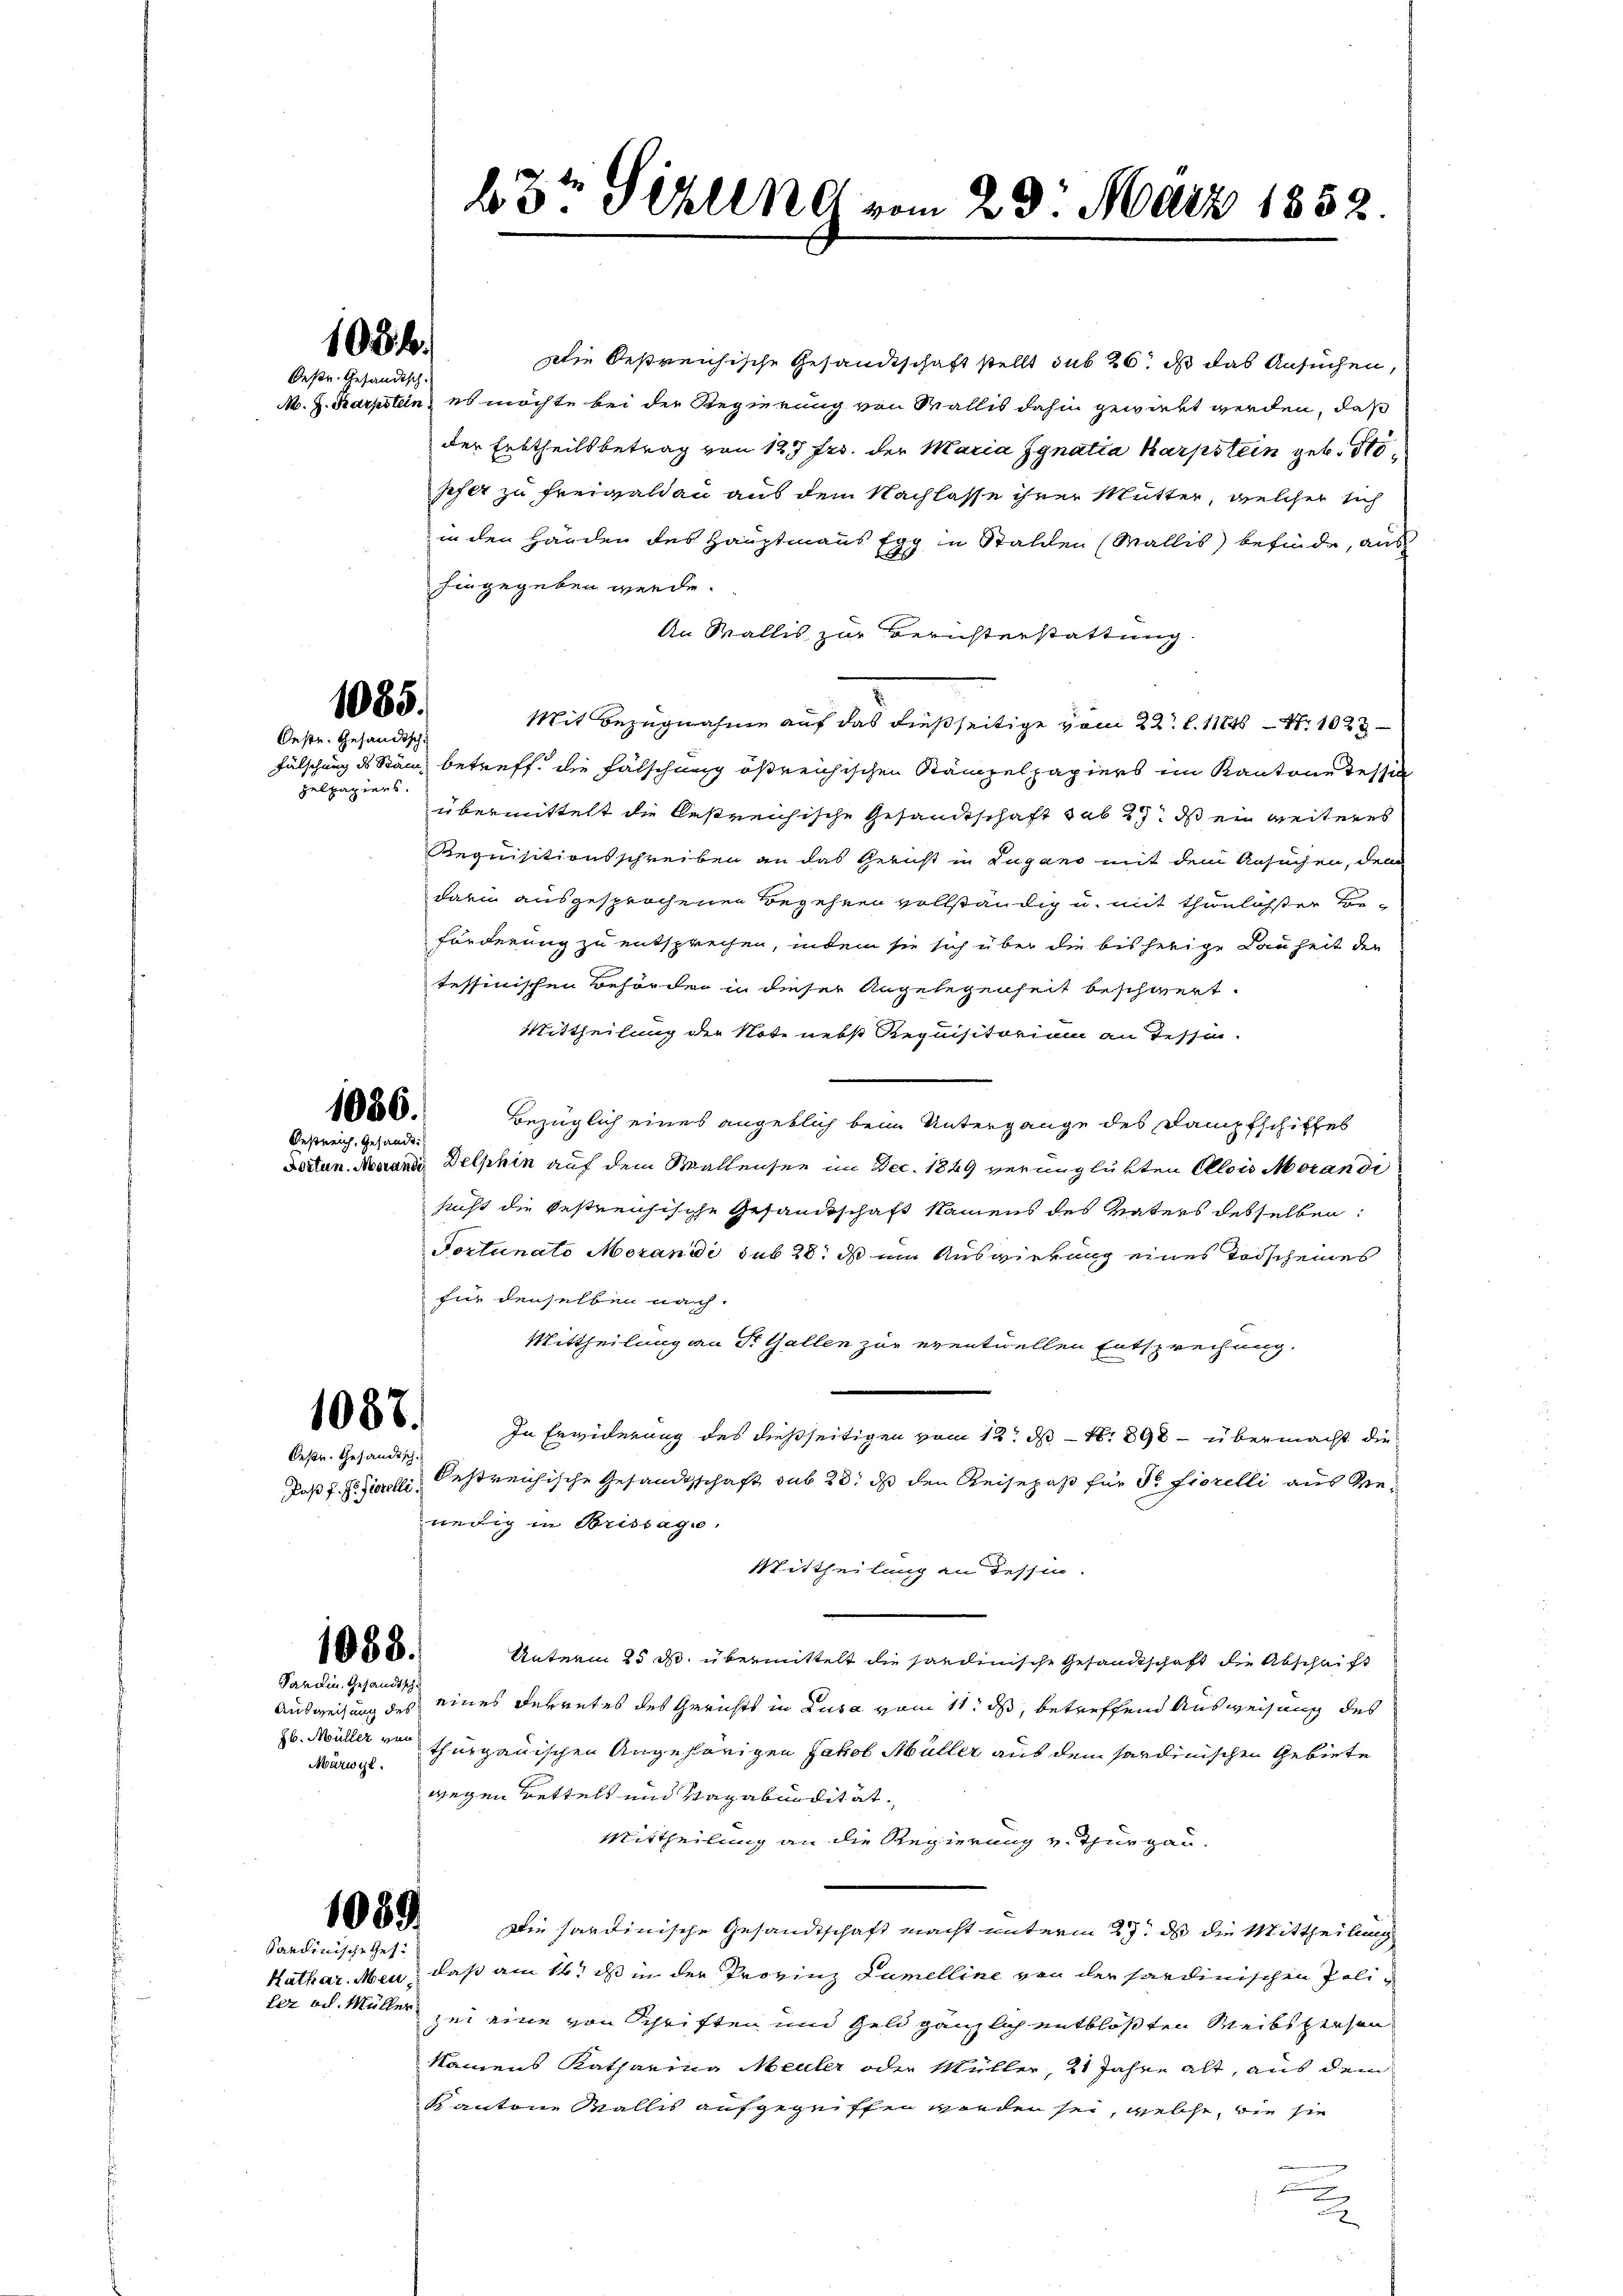
108 f.
Oestr. Gesandtsch

1085.
Oestr. Gesandtsch
Zelpapiers.

1056.
Bestreich, Gesandt:

Oestr. Gesandtsch.

Sardin. Gesandtsch
Märwyl.

Sardinische Ges.

Die bestreichische Gesandtschaft stellt sub 26. ds das Ansuchen,
M. h. Karpstein, es möchte bei der Regierung von Wallis dahin gewirkt werden, daß
der Erbtheilsbetrag von 127 frs. der Maria Ignatia Karpstein geb. Stösefer zu freimaldau aus dem Nachlasse ihrer Mutter, welcher sich
in den Händen des Hauptmanns Egg in Stalden (Wallis befinde, aus
hingegeben werde.
An Wallis zur Berichterstattung.
Mit Bezugnahme auf das dießseitige vom 22. l. 11846 Nr. 1023
Fälschung des Stand betreff die Fälschung ößreichischen Stämpelpapiers im Kantone dessen
übermittelt die bestreichische Gesandtschaft sub 27. ds ein weiteres
Requisitionsschreiben an das Gericht in Lugano mit dem Ansuchen, dem
darin ausgesprochenen Begehren vollständig u. mit thunlichster Beförderung zu entsprechen, indem sie sich über die bisherige Lauheit der
tessinischen Behörden in dieser Angelegenheit beschwert.
Mittheilung der Note nebst Requisitorium an Tessin.
Bezüglich eines angeblich beim Untergange des Dampfschiffes
Dotten. Novanig Delphin auf dem Waltensee im Dec. 1849 verunglükten Alois Morandi
sucht die bestreichische Gesandtschaft kamens des Vaters desselben:
Tortunato Morandi sub 28. ds ein Auswirkung eines Todscheines
für denselben nach.
Mittheilung an St. Gallen zur eventuellen Entsprechung.
1006. In Erwicherung des dießseitigen vom 12. ds. - No. 898 - übermacht die
Post d. J. Zierelli, bestreichische Gesandtschaft sub 28. ds den Reisepaß für de Fiorelli aus Renedig in Brissage,
Mittheilung an Tessin.
1088.
Unterm 25 S. übermittelt die sardinische Gesandtschaft die Abschrift
Ausweisung des eines Ferretes des Gerichts in Zusa vom 11. ds, betreffend Ausweisung des
z. Müller uns thurgauischen Angehörigen Jakob Müller aus dem Sardinischen Gebiete
wegen Bettels und Vagabundität.
Mittheilung an die Regierung v. Thurgau.
1089.
Die hardinische Gesandtschaft macht unterm 27. ds die Mittheilung
Kathar. Men, daß am 11t ds in der Provinz Lumelline von der sardinischen Poliler od. Müller sei eine von Schriften und Geld gänzlich entblößten Weibspeisen
kamens Katharina Meiler oder Müller, 21 Jahre alt, aus dem
Kantone Wallis aufgegriffen worden sei, welche, wie sie
d

23t Sellne vom 23. März 1852.